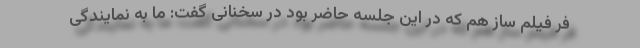
فر فیلم ساز هم که در این جلسه حاضر بود در سخنانی گفت: ما به نمایندگی